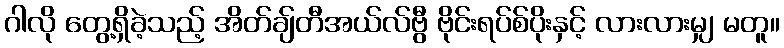
ဂါလို တွေ့ရှိခဲ့သည့် အိတ်ချ်တီအယ်လ်ဗွီ ဗိုင်းရပ်စ်ပိုးနှင့် လားလားမျှ မတူ။